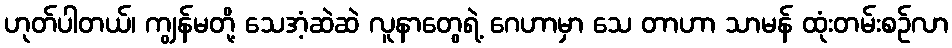
ဟုတ်ပါတယ်၊ ကျွန်မတို့ သေအံ့ဆဲဆဲ လူနာတွေရဲ့ ဂေဟာမှာ သေ တာဟာ သာမန် ထုံးတမ်းစဉ်လာ